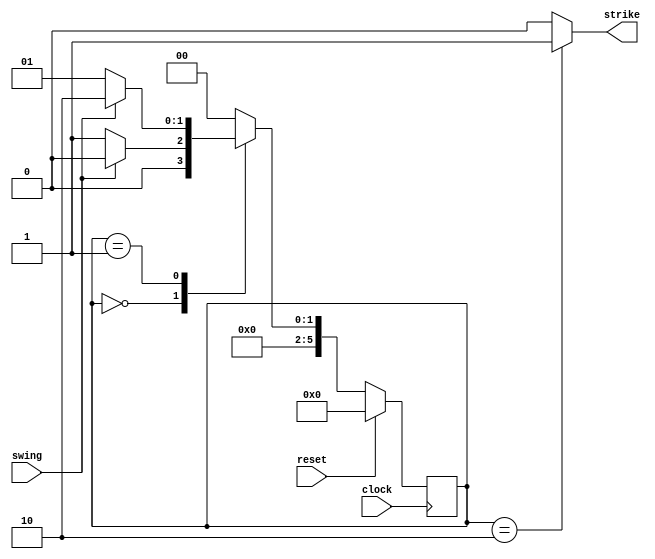
module Strike (swing, clock, reset, strike);

	input clock, reset, swing;
	output reg strike;
	reg [5:0] current_state, next_state;
	
	localparam  S_Default  = 5'd0,
					S_Hit_wait = 5'd1,
					S_Hit      = 5'd2;
				
	always @(*)
	
	begin: state_table
		
		case (current_state)
			
			S_Default: next_state = (!swing)? S_Hit_wait : S_Default;
			
			S_Hit_wait: next_state = (swing)? S_Hit: S_Hit_wait;
			
			S_Hit: next_state = S_Default;
			
		default: next_state = S_Default;
		
		endcase
	end
	
	always @(*)
	
	begin: enable_signals
	
		strike = 1'b0;
		
		case (current_state)
		
			S_Hit: begin
				strike = 1'b1;
			end
			
			S_Hit_wait : begin
				strike = 1'b0;
			end
			
			S_Default: begin
				strike = 1'b0;
			end
			
		endcase
		
	end
	
	always@(posedge clock)
	  
		begin: state_FFs
		  
			if(reset)       
				current_state <= S_Default; 
			else            
				current_state <= next_state;
	 
		end
		
endmodule